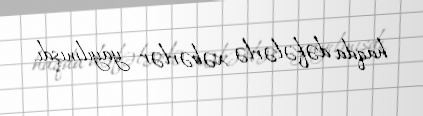
haqda dəfələrlə xəbərlər yayılmışdı.